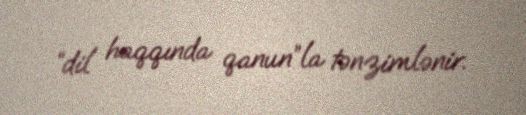
“dil haqqında qanun”la tənzimlənir.